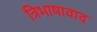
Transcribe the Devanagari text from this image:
त्रिभाषावाद